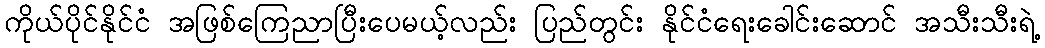
ကိုယ်ပိုင်နိုင်ငံ အဖြစ်ကြေညာပြီးပေမယ့်လည်း ပြည်တွင်း နိုင်ငံရေးခေါင်းဆောင် အသီးသီးရဲ့